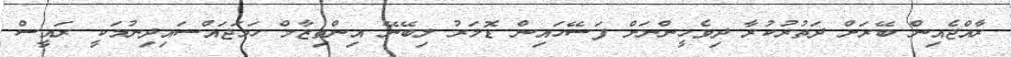
ރާއްޖެއިން ބޭރަށް ދަތުރުކުރާ ދިވެހީންނަށް ފަސޭހައިން ޑޮލަރު ލިބޭނޭ އިންތިޒާމް ހަމަޖައްސައިދިނުމަކީ ރައީސް